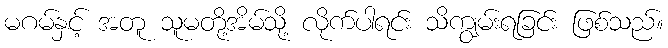
မဂမ်နှင့် အတူ သူမတို့အိမ်သို့ လိုက်ပါရင်း သိကျွမ်းရခြင်း ဖြစ်သည်။